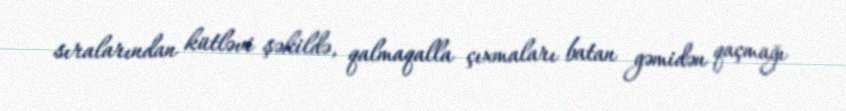
sıralarından kütləvi şəkildə, qalmaqalla çıxmaları batan gəmidən qaçmağı